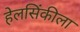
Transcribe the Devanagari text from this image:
हेलसिंकीला